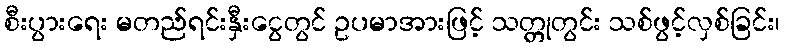
စီးပွားရေး မတည်ရင်းနှီးငွေတွင် ဥပမာအားဖြင့် သတ္တုတွင်း သစ်ဖွင့်လှစ်ခြင်း၊